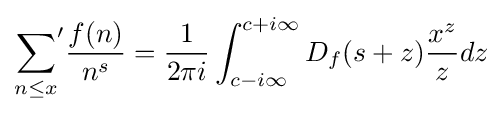
{\sum _{n\leq x}}^{\prime }{\frac {f(n)}{n^{s}}}={\frac {1}{2\pi i}}\int _{c-i\infty }^{c+i\infty }D_{f}(s+z){\frac {x^{z}}{z}}dz